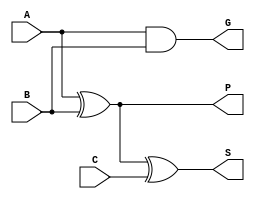
`timescale 1ns / 1ps
//////////////////////////////////////////////////////////////////////////////////
// Company: 
// Engineer: 
// 
// Design Name: 
// Module Name: CLA8
// Project Name: 
// Target Devices: 
// Tool Versions: 
// Description: 
// 
// Dependencies: 
// 
// Revision:
// Revision 0.01 - File Created
// Additional Comments:
// 
//////////////////////////////////////////////////////////////////////////////////

//Partial full adder
module PFA(
    input A, B, C,
    output G, P, S
    );
    assign G = A & B; //Generate
    assign P = A ^ B; //Propagate
    assign S = P ^ C;  //Sum
endmodule
//CLA Logic
module CLALogic(
    input [3:0] P, G, 
    input Cin,
    output [3:0] Cout,
    output PG, GG
    );
    assign PG = P[3] & P[2] & P[1] & P[0];  //Group propagate for 4 bit
    assign GG = G[3] | (P[3] & G[2]) | (P[3] & P[2] & G[1]) | (P[3] & P[2] & P[1] & G[0]);  //Group generate for 4 bit
    assign Cout[0] = G[0] | P[0] & Cin;
    assign Cout[1] = G[1] | P[1] & G[0] | P[1] & P[0] & Cin;
    assign Cout[2] = G[2] | P[2] & G[1] | P[2] & P[1] & G[0] | P[2] & P[1] & P[0] & Cin;
    assign Cout[3] = G[3] | P[3] & G[2] | P[3] & P[2] & G[1] | P[3] & P[2] & P[1] & G[0] | P[3] & P[2] & P[1] & Cin;
endmodule
//4 bit CLA
module CLA4(
    input [3:0] A, B,
    input Cin,
    output [3:0] S,
    output PG, GG, Cout
    );
    wire [3:0] WG, WP, C;
    assign Cout = C[3];
    //Instantiate partial full adders and 4 bit CLA logic
    PFA PFA0(.C(Cin),.A(A[0]),.B(B[0]),.G(WG[0]),.P(WP[0]),.S(S[0]));
    PFA PFA1(.C(C[0]),.A(A[1]),.B(B[1]),.G(WG[1]),.P(WP[1]),.S(S[1]));
    PFA PFA2(.C(C[1]),.A(A[2]),.B(B[2]),.G(WG[2]),.P(WP[2]),.S(S[2]));
    PFA PFA3(.C(C[2]),.A(A[3]),.B(B[3]),.G(WG[3]),.P(WP[3]),.S(S[3]));
    CLALogic CarryLookaheadLogic(.P(WP),.G(WG),.Cin(Cin),.Cout(C),.PG(PG),.GG(GG));
    endmodule
//8 bit CLA
module CLA8(
    input [7:0] A, B,
    input Cin,
    output [7:0] S,
    output PG, GG, Cout
    );
    wire carryPipe;
    CLA4 CLA4_0(.Cin(Cin),.A(A[3:0]),.B(B[3:0]),.PG(PG),.GG(GG),.S(S[3:0]),.Cout(carryPipe));  //First 4 bit CLA
    CLA4 CLA4_1(.Cin(carryPipe),.A(A[7:4]),.B(B[7:4]),.PG(PG),.GG(GG),.S(S[7:4]),.Cout(Cout));  //Second 4 bit CLA
    endmodule
    
/*
//4 bit CLA
module CLA4(J,K,Cin,Sum,Cout,GP,GG);
    output [3:0] Sum;
    output Cout,GP,GG;
    input [3:0] J,K;
    input Cin;
    wire [3:0] G,P,C;
    //Partial full adders and 4-bit CLA logic
    assign G = J & K; //Generate
    assign P = J ^ K; //Propagate
    assign S = P ^ C;  //Sum
    assign C[0] = Cin;
    assign C[1] = G[0] | (P[0] & C[0]);
    assign C[2] = G[1] | (P[1] & G[0]) | (P[1] & P[0] & C[0]);
    assign C[3] = G[2] | (P[2] & G[1]) | (P[2] & P[1] & G[0]) | (P[2] & P[1] & P[0] & C[0]);
    assign Cout1 = G[3] | (P[3] & G[2]) | (P[3] & P[2] & G[1]) | (P[3] & P[2] & P[1] & G[0]) |(P[3] & P[2] & P[1] & P[0] & C[0]);
    //Group propogate and group generate equations
    assign GP = P[3] & P[2] & P[1] & P[0];  //Group propagate for 4 bit
    assign GG = G[3] | (P[3] & G[2]) | (P[3] & P[2] & G[1]) | (P[3] & P[2] & P[1] & G[0]);  //Group generate for 4 bit

endmodule

//8 bit CLA; this is the top module if doing an 8 bit
module CLA8(A,B,Cin0,S,Cout2,GP,GG);
    output [7:0] S;
    output Cout2, GP, GG;
    input [7:0] A,B;
    input Cin0;
    wire [7:0] G,P,C;
         //CLA logic combining the 4-bit logic into 8-bit logic
         assign C[0] = Cin;
         assign C[4] = G[0] | (P[0] & C[0]);
         assign Cout2 = G[4] | (G[0] & P[4]) | (C[0] & P[0] & C[0]);
         //Takes in the first bit of P and G from block 1 and the fifth from block 2
         assign GP = P[0] & P[4];  //Group propogate for 8 bit
         assign GG = G[4] | (P[4] & G[0]); //Group generate for 8 bit     
    //Two 4 bit CLAs instantiated 
    CLA4 block1         (A[3:0], B[3:0], Cin0, S[3:0], C[4], P[0], G[0]);  //First 4 bit CLA
    CLA4 block2         (A[7:4], B[7:4], C[4], S[7:4], Cin, P[4], G[4]);  //Second 4 bit CLA
endmodule
*/